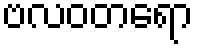
ဗလဝတရော